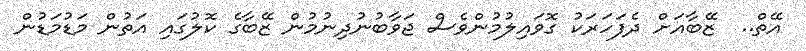
އޭތް..  ޒޭބާއަށް ދެފަހަރަކު ގޮވައިލުމުންވެސް ޖަވާބުނުދިނުމުން ޒޭބާގެ ކޮލުގައި އަތުން މަޑުމަޑުން